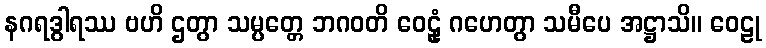
နဂရဒွါရဿ ဗဟိ ဌတွာ သမ္ပတ္တေ ဘဂဝတိ ဝေဠုံ ဂဟေတွာ သမီပေ အဋ္ဌာသိ။ ဝေဠု